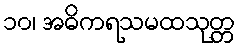
၁၀၊ အဓိကရသမထသုတ္တ